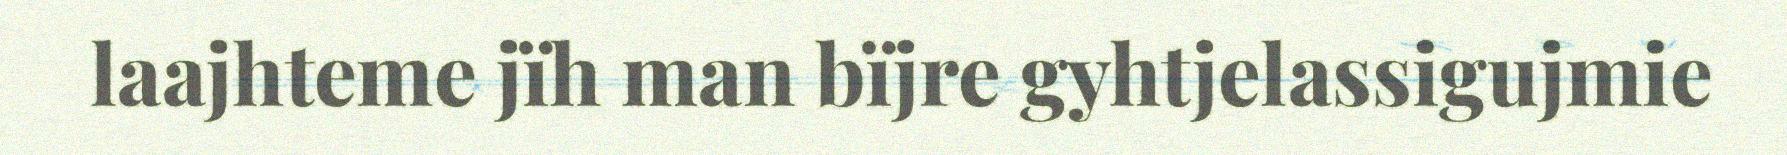
laajhteme jïh man bïjre gyhtjelassigujmie